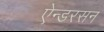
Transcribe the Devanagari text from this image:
ऐन्डरसन